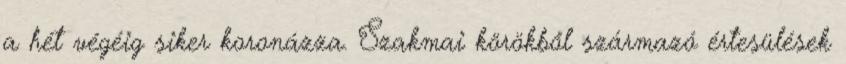
a hét végéig siker koronázza. Szakmai körökből származó értesülések